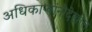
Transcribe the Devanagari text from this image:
अधिकाऱ्यांनीदेखील